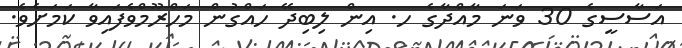
އަސާސީގެ 30 ވަނަ މާއްދާގެ ހ. އިން ލިބިދޭ ހައްގުން މަހްރޫމްވެފައިވާ ކަމަށެވެ.